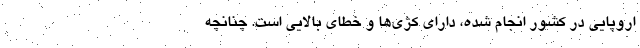
اروپایی در کشور انجام شده، دارای کژی‌ها و خطای بالایی است. چنانچه